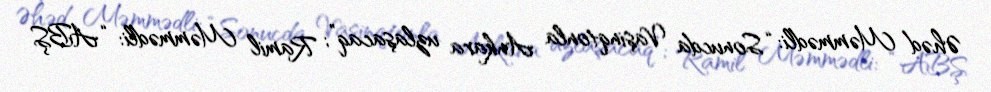
Əhəd Məmmədli: “Sonucda Vaşinqtonla Ankara uzlaşacaq”; Ramil Məmmədli: “ABŞ